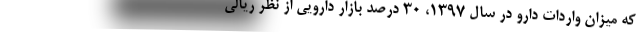
که میزان واردات دارو در سال 1397، 30 درصد بازار دارویی از نظر ریالی